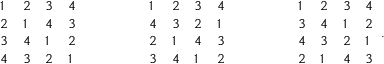
{ \begin{array} { l l l l } { 1 } & { 2 } & { 3 } & { 4 } \\ { 2 } & { 1 } & { 4 } & { 3 } \\ { 3 } & { 4 } & { 1 } & { 2 } \\ { 4 } & { 3 } & { 2 } & { 1 } \end{array} } \qquad \qquad { \begin{array} { l l l l } { 1 } & { 2 } & { 3 } & { 4 } \\ { 4 } & { 3 } & { 2 } & { 1 } \\ { 2 } & { 1 } & { 4 } & { 3 } \\ { 3 } & { 4 } & { 1 } & { 2 } \end{array} } \qquad \qquad { \begin{array} { l l l l } { 1 } & { 2 } & { 3 } & { 4 } \\ { 3 } & { 4 } & { 1 } & { 2 } \\ { 4 } & { 3 } & { 2 } & { 1 } \\ { 2 } & { 1 } & { 4 } & { 3 } \end{array} } .